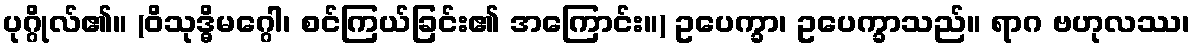
ပုဂ္ဂိုလ်၏။ (ဝိသုဒ္ဓိမဂ္ဂေါ၊ စင်ကြယ်ခြင်း၏ အကြောင်း။) ဥပေက္ခာ၊ ဥပေက္ခာသည်။ ရာဂ ဗဟုလဿ၊